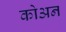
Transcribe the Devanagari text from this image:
कोअन